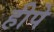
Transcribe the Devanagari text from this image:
हीपे